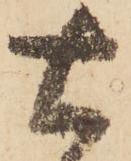
右